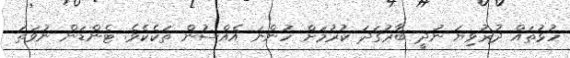
ހުޅުތައް ދުރުވިޔަ ނުދީ ބާރުގަދަ ކުރުމަށް ހުންނަ އެއްސުން ތަކެކެވެ. ޓެންޑަން ނުވަތަ